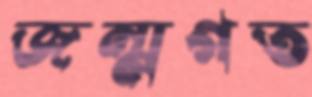
জন্মগত